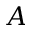
A